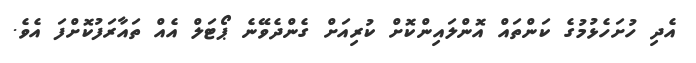
އެދި ހުށަހެޅުމުގެ ކަންތައް އޮންލައިންކޮށް ކުރިއަށް ގެންދެވޭނެ ޕޯޓަލް އެއް ތައާރަފުކޮށްފަ އެވެ.